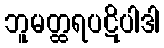
ဘူမတ္ထရပဋိပါဒါ